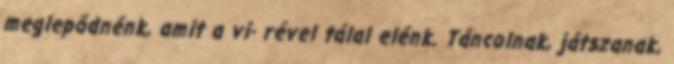
meglepődnénk, amit a vi- rével tálal elénk. Táncolnak, játszanak,